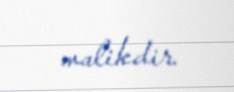
malikdir.